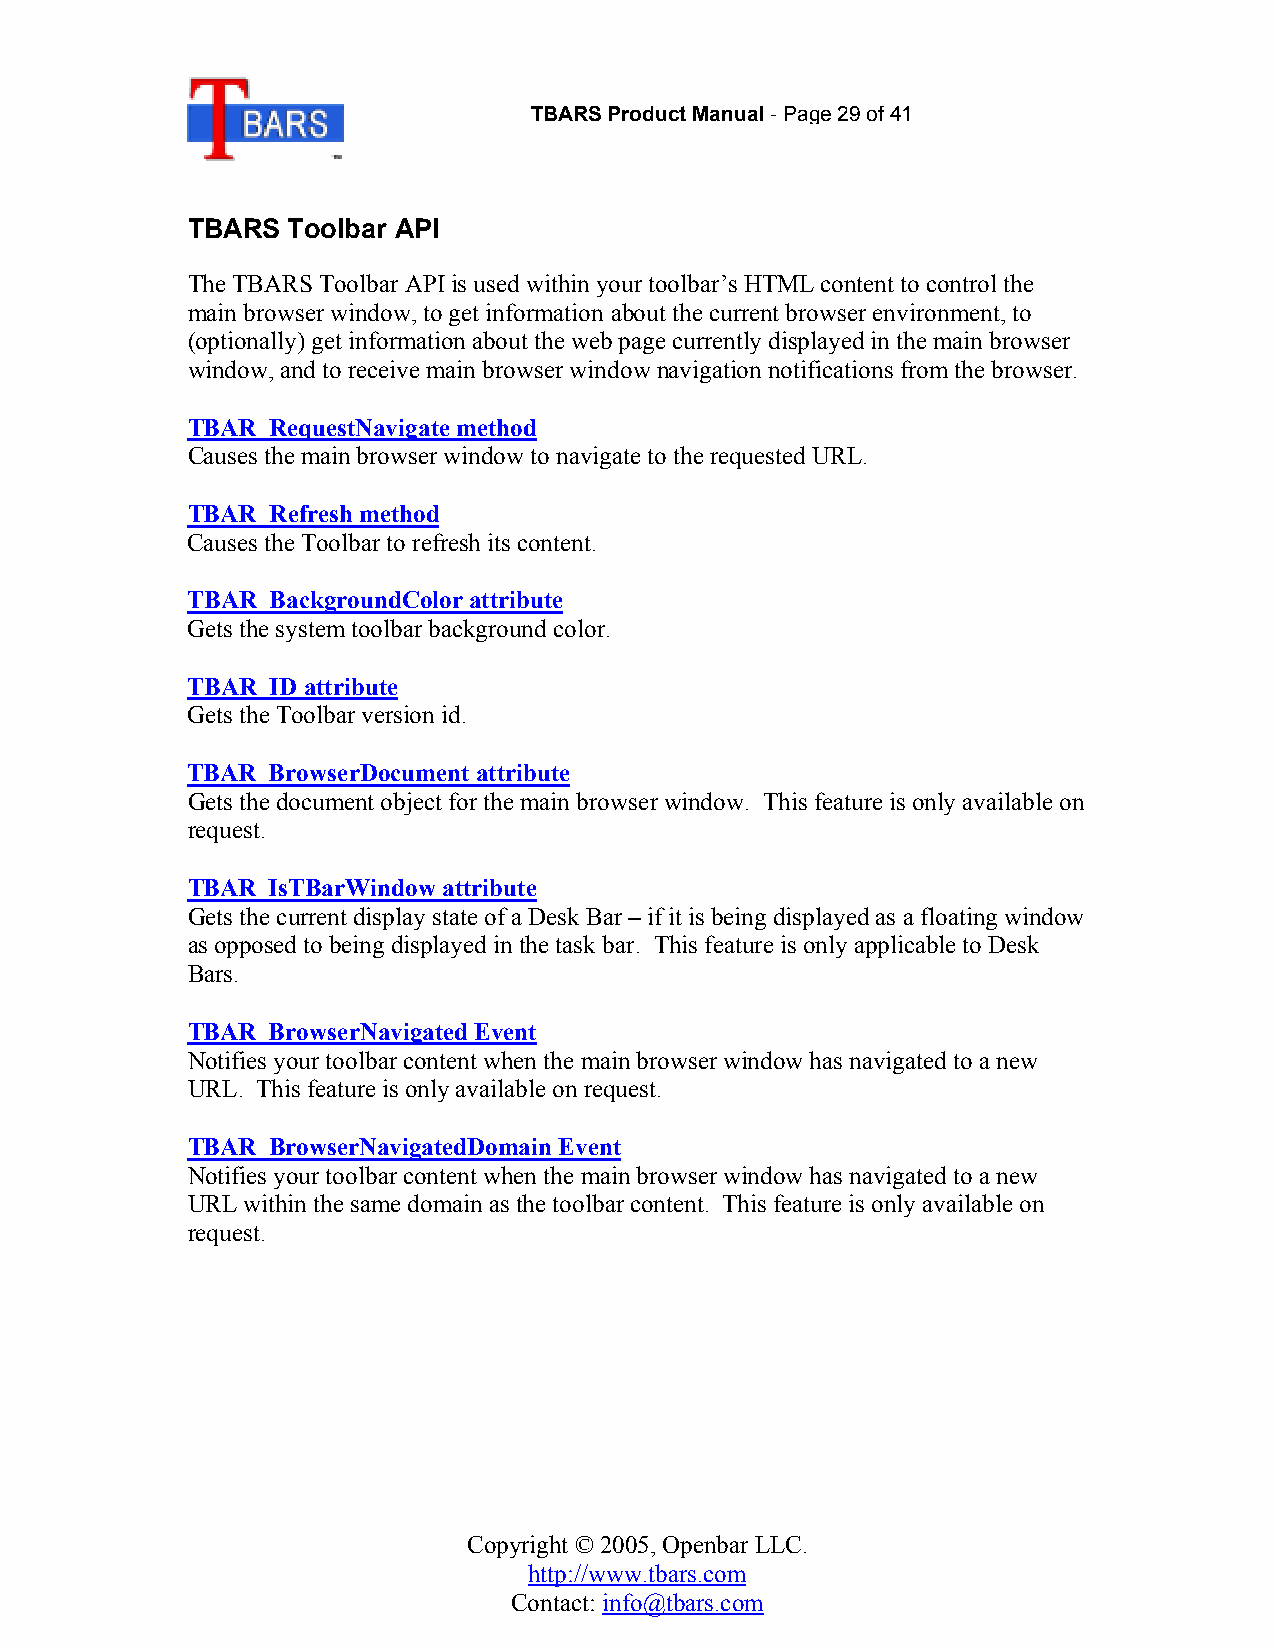
TBARS Product Manual-Page 29of 41
 TBARS  Toolbar API
 The TBARS Toolbar API is used within your toolbar’s HTML content to control the
 main browser window, to get information about the current browser environment, to
 (optionally) get information about the web page currently displayed in the main browser
 window, and to receive main browser window navigation notifications from the browser.
 TBAR_RequestNavigate method
 Causes the main browser window to navigate to the requested URL.
 TBAR_Refresh method
 Causes the Toolbar to refresh its content.
 TBAR_BackgroundColor attribute
 Gets the system toolbar background color.
 TBAR_ID attribute
 Gets the Toolbar version id.
 TBAR_BrowserDocument attribute
 Gets the document object for the main browser window. This feature is only available on
 request.
 TBAR_IsTBarWindow attribute
 Gets the current display state of a Desk Bar – if it is being displayed as a floating window
 as opposed to being displayed in the task bar. This feature is only applicable to Desk
 Bars.
 TBAR_BrowserNavigated Event
 Notifies your toolbar content when the main browser window has navigated to a new
 URL. This feature is only available on request.
 TBAR_BrowserNavigatedDomain Event
 Notifies your toolbar content when the main browser window has navigated to a new
 URL within the same domain as the toolbar content. This feature is only available on
 request.
 Copyright © 2005, Openbar LLC.
 http://www.tbars.com
 Contact: info@tbars.com